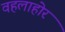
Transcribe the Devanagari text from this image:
वहलाहोर